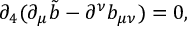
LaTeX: \partial _ { 4 } ( \partial _ { \mu } \tilde { b } - \partial ^ { \nu } b _ { \mu \nu } ) = 0 ,